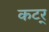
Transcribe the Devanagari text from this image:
कटर्‌